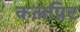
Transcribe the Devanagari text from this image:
कलप्रिट